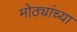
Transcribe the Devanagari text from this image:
मोठ्यांच्या